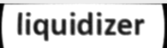
liquidizer